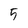
Character: 9